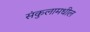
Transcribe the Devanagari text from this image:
संकुलामधील